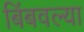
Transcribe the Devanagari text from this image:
बिंबवल्या